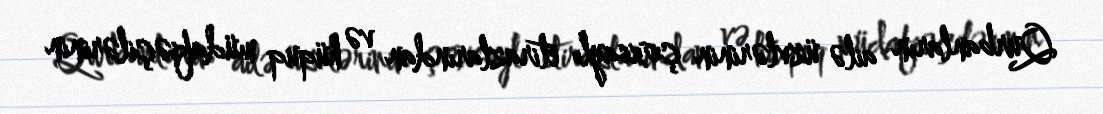
Qurbanların ailə üzvlərinin çoxsaylı etirazlarından və hüquq müdafiəçilərinin